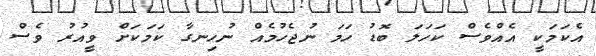
އެކަމަކީ އެއްވެސް ކަހަލަ ބޮޑު ހަމަ ނުޖެހުމެއް ނުހިނގާ ކަމަކަށް ވީއުރު ވެސް